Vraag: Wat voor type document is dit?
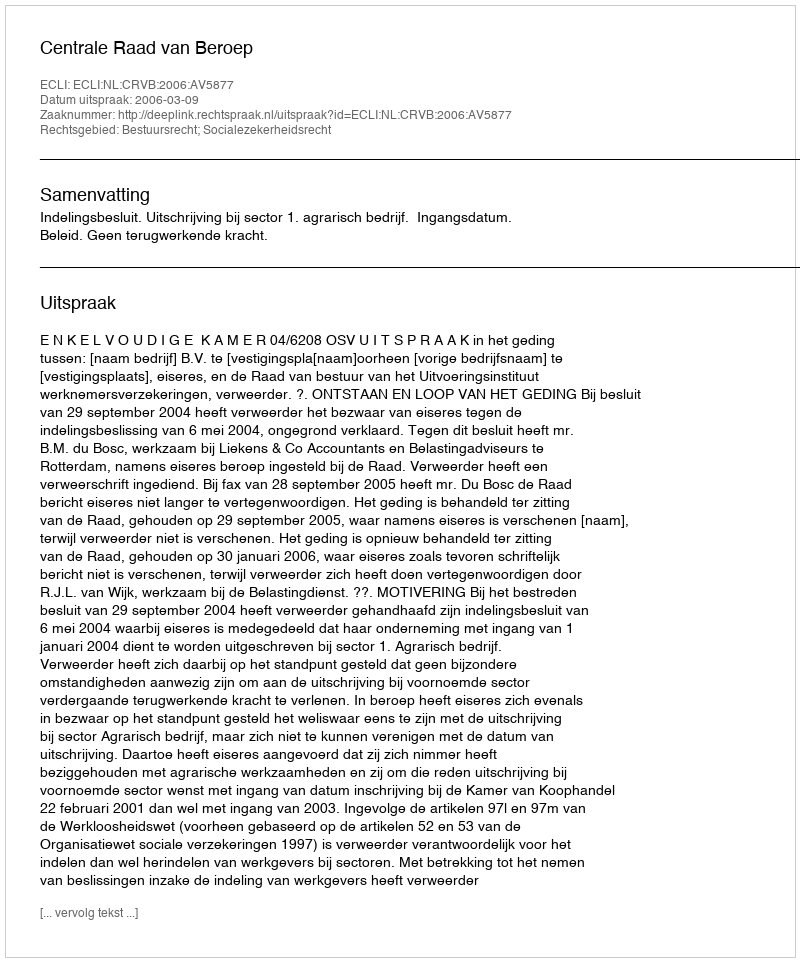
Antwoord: Uitspraak